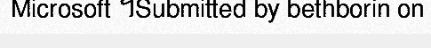
Microsoft ។Submitted by bethborin on